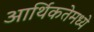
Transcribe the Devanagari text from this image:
आर्थिकतेमध्ये